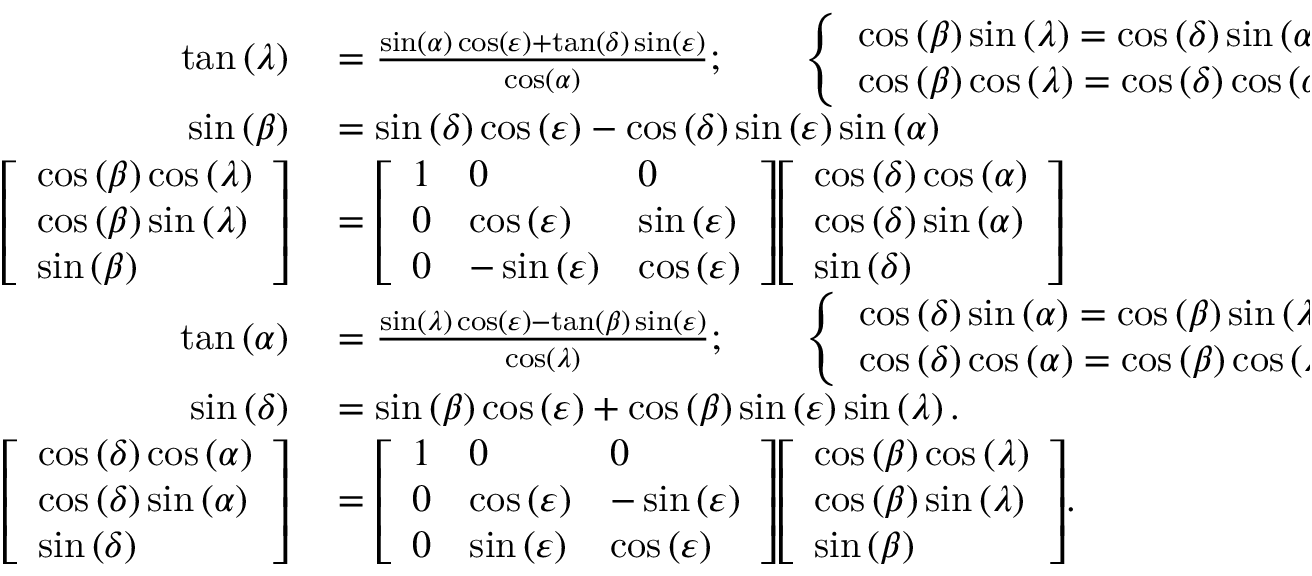
\begin{array} { r l } { \tan \left( \lambda \right) } & { { } = { \frac { \sin \left( \alpha \right) \cos \left( \varepsilon \right) + \tan \left( \delta \right) \sin \left( \varepsilon \right) } { \cos \left( \alpha \right) } } ; \qquad { \left\{ \begin{array} { l l } { \cos \left( \beta \right) \sin \left( \lambda \right) = \cos \left( \delta \right) \sin \left( \alpha \right) \cos \left( \varepsilon \right) + \sin \left( \delta \right) \sin \left( \varepsilon \right) ; } \\ { \cos \left( \beta \right) \cos \left( \lambda \right) = \cos \left( \delta \right) \cos \left( \alpha \right) . } \end{array} \right. } } \\ { \sin \left( \beta \right) } & { { } = \sin \left( \delta \right) \cos \left( \varepsilon \right) - \cos \left( \delta \right) \sin \left( \varepsilon \right) \sin \left( \alpha \right) } \\ { { \left[ \begin{array} { l } { \cos \left( \beta \right) \cos \left( \lambda \right) } \\ { \cos \left( \beta \right) \sin \left( \lambda \right) } \\ { \sin \left( \beta \right) } \end{array} \right] } } & { { } = { \left[ \begin{array} { l l l } { 1 } & { 0 } & { 0 } \\ { 0 } & { \cos \left( \varepsilon \right) } & { \sin \left( \varepsilon \right) } \\ { 0 } & { - \sin \left( \varepsilon \right) } & { \cos \left( \varepsilon \right) } \end{array} \right] } { \left[ \begin{array} { l } { \cos \left( \delta \right) \cos \left( \alpha \right) } \\ { \cos \left( \delta \right) \sin \left( \alpha \right) } \\ { \sin \left( \delta \right) } \end{array} \right] } } \\ { \tan \left( \alpha \right) } & { { } = { \frac { \sin \left( \lambda \right) \cos \left( \varepsilon \right) - \tan \left( \beta \right) \sin \left( \varepsilon \right) } { \cos \left( \lambda \right) } } ; \qquad { \left\{ \begin{array} { l l } { \cos \left( \delta \right) \sin \left( \alpha \right) = \cos \left( \beta \right) \sin \left( \lambda \right) \cos \left( \varepsilon \right) - \sin \left( \beta \right) \sin \left( \varepsilon \right) ; } \\ { \cos \left( \delta \right) \cos \left( \alpha \right) = \cos \left( \beta \right) \cos \left( \lambda \right) . } \end{array} \right. } } \\ { \sin \left( \delta \right) } & { { } = \sin \left( \beta \right) \cos \left( \varepsilon \right) + \cos \left( \beta \right) \sin \left( \varepsilon \right) \sin \left( \lambda \right) . } \\ { { \left[ \begin{array} { l } { \cos \left( \delta \right) \cos \left( \alpha \right) } \\ { \cos \left( \delta \right) \sin \left( \alpha \right) } \\ { \sin \left( \delta \right) } \end{array} \right] } } & { { } = { \left[ \begin{array} { l l l } { 1 } & { 0 } & { 0 } \\ { 0 } & { \cos \left( \varepsilon \right) } & { - \sin \left( \varepsilon \right) } \\ { 0 } & { \sin \left( \varepsilon \right) } & { \cos \left( \varepsilon \right) } \end{array} \right] } { \left[ \begin{array} { l } { \cos \left( \beta \right) \cos \left( \lambda \right) } \\ { \cos \left( \beta \right) \sin \left( \lambda \right) } \\ { \sin \left( \beta \right) } \end{array} \right] } . } \end{array}